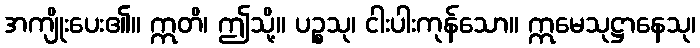
အကျိုးပေး၏။ ဣတိ၊ ဤသို့။ ပဉ္စသု၊ ငါးပါးကုန်သော။ ဣမေသုဋ္ဌာနေသု၊